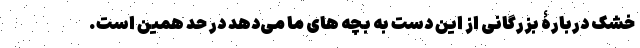
خشک دربارۀ بزرگانی از این دست به بچه های ما می‌دهد در حد همین است.